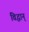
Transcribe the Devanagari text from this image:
विद्धान्‌